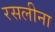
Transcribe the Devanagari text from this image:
रसलीना